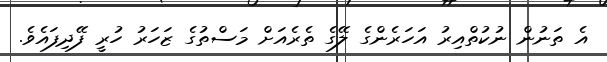
އެ ތަނުން ނުކުތްއިރު އަހަރެންގެ ލޭގެ ތެރެއަށް މަސްތުގެ ޒަހަރު ހުރީ ފޭދިފައެވެ.